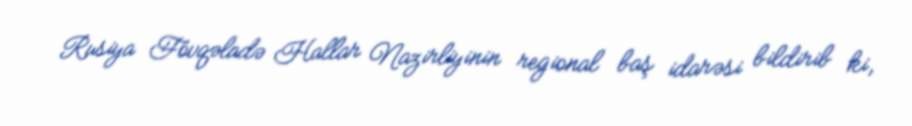
Rusiya Fövqəladə Hallar Nazirliyinin regional baş idarəsi bildirib ki,